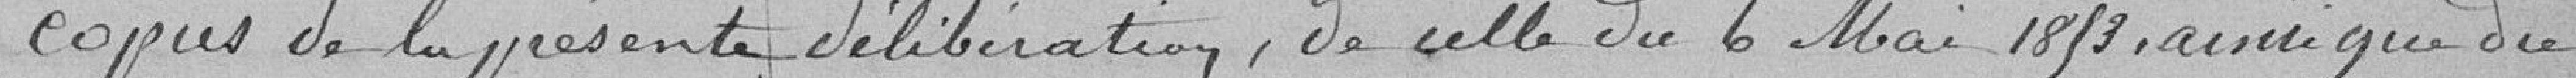
copies de la présente délibération, de celle du 6 mai 1853, ainsi que du